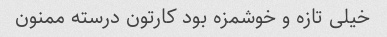
خیلی تازه و خوشمزه بود کارتون درسته ممنون